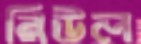
রিউল